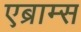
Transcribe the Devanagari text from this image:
एब्राम्‍स